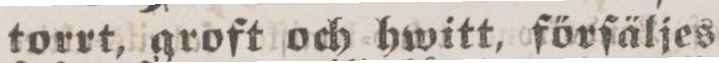
torrt, groft och hwitt, förſäljes